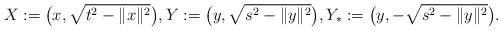
LaTeX: \begin{align*} X:=\big(x,\sqrt{t^2-\|x\|^2}\big), Y:=\big(y,\sqrt{s^2-\|y\|^2}\big), Y_*:=\big(y, - \sqrt{s^2-\|y\|^2}\big).\end{align*}